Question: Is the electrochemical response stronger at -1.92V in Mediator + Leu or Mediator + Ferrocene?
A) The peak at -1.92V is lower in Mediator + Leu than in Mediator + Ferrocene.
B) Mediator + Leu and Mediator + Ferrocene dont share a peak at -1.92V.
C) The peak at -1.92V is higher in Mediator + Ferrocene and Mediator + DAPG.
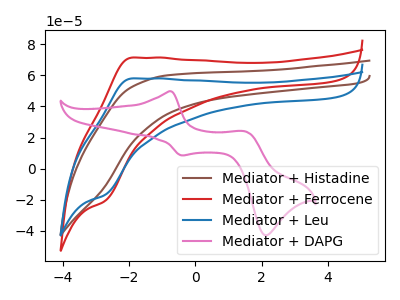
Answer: <think>The brown curve "Mediator + Histadine" has no peaks. The red curve "Mediator + Ferrocene" has an anodic peak at (-1.90V, 71.40uA) and a cathodic peak at (-2.75V, -20.80uA). The blue curve "Mediator + Leu" has an anodic peak at (-1.90V, 58.00uA) and a cathodic peak at (-2.75V, -16.90uA). The pink curve "Mediator + DAPG" has anodic peaks at (-0.75V, 49.75uA) (1.50V, 23.90uA) and cathodic peaks at (-0.40V, 8.55uA) (2.15V, -42.80uA).</think>
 <answer>A) The peak at -1.92V is lower in "Mediator + Leu" than in "Mediator + Ferrocene".</answer>
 <eval>A</eval>